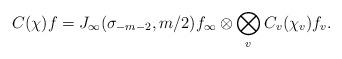
LaTeX: \begin{align*}C(\chi)f=J_\infty(\sigma_{-m-2},m/2)f_\infty\otimes\bigotimes_{v\:}C_v(\chi_v)f_v.\end{align*}